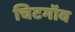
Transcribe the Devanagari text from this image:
चिटगॉव